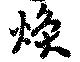
煥